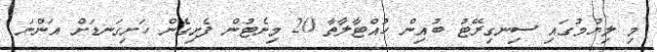
މި ލިޔުމުގައި ސިނގިރޭޓު ބުއިން ހުއްޓާލާތާ 20 މިނެޓުން ފެށިގެން ހަށިގަނޑަށް އަންނަ